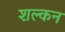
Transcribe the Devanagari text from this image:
शल्‍कन